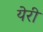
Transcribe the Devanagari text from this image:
येरी